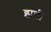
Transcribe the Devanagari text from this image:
झणी